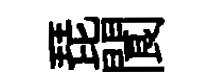
琵閬